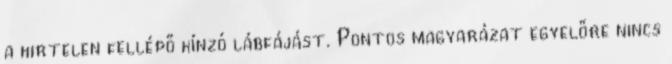
a hirtelen fellépő kínzó lábfájást. Pontos magyarázat egyelőre nincs